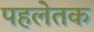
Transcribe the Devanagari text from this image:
पहलेतक